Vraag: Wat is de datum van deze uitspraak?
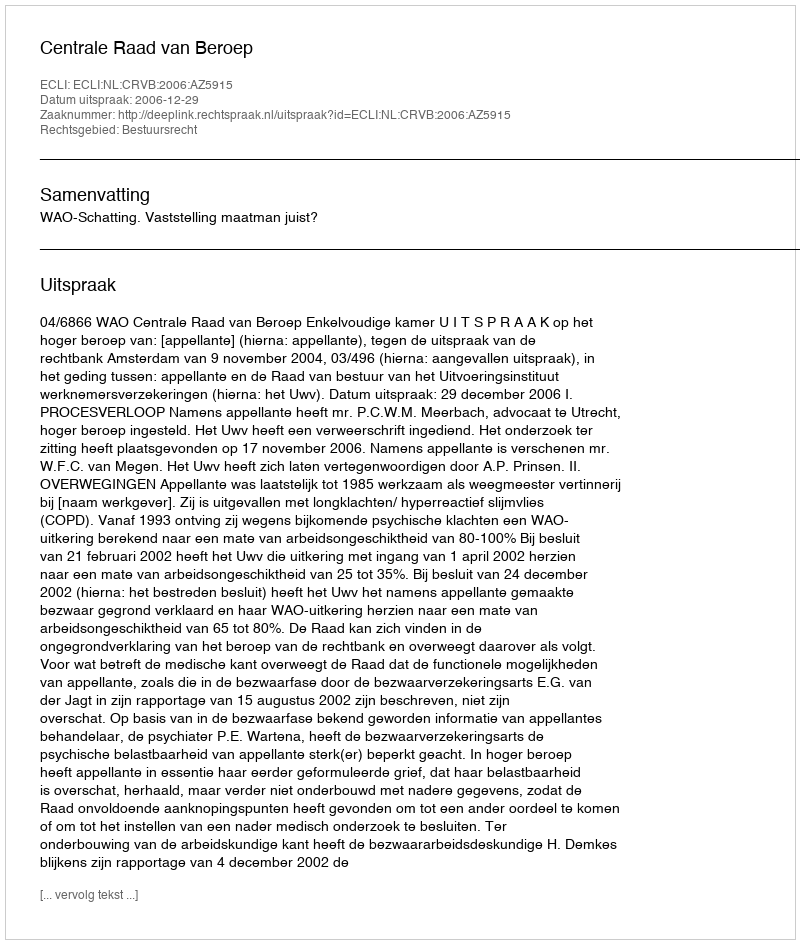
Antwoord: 2006-12-29